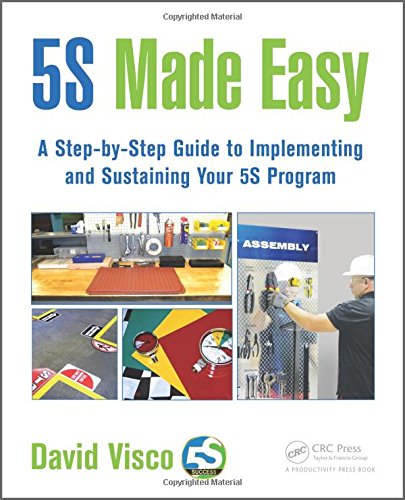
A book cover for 5S Made Easy: A Step-by-Step Guide to Implementing and Sustaining Your 5S Program; David Visco; Business & Money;